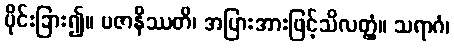
ပိုင်းခြား၍။ ပဇာနိဿတိ၊ အပြားအားဖြင့်သိလတ္တံ့။ သရာဂံ၊